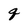
Character: q